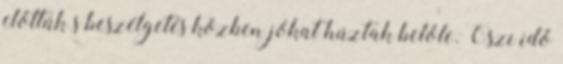
előttük s beszélgetés közben jókat húztak belőle. Őszi idő